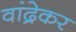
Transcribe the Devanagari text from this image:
वांद्रेकर